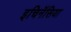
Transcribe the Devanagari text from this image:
इचिनॅसिया